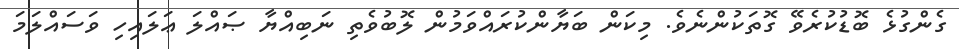
ގެންގުޅެ ބޮޑުކުރެވޭ ގޮތަކުންނެވެ. މިކަން ބަޔާންކުރައްވަމުން ލޮބުވެތި ނަބިއްޔާ ޞައްލަ ޢަލައިހި ވަސައްލަމަ